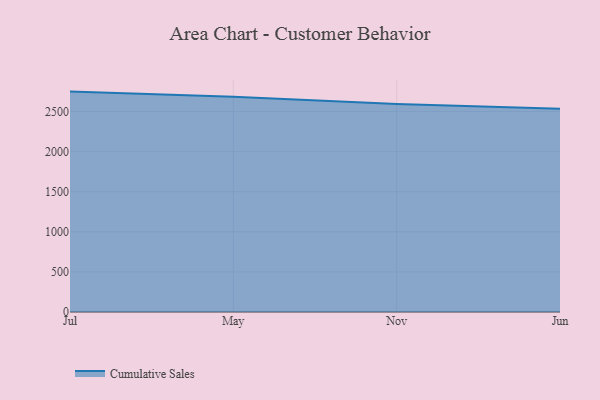
{"axis": {"x": "Month", "y": "Market Share (%)"}, "legend": ["Cumulative Sales"], "data": [{"x": "Jul", "y": 2748.3, "type": "Cumulative Sales"}, {"x": "May", "y": 2684.8, "type": "Cumulative Sales"}, {"x": "Nov", "y": 2594.7, "type": "Cumulative Sales"}, {"x": "Jun", "y": 2535.5, "type": "Cumulative Sales"}]}